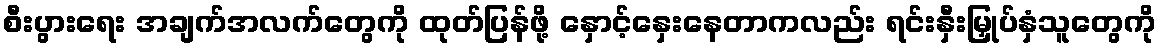
စီးပွားရေး အချက်အလက်တွေကို ထုတ်ပြန်ဖို့ နှောင့်နှေးနေတာကလည်း ရင်းနှီးမြှုပ်နှံသူတွေကို